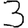
Digit: 3